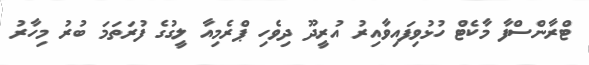
ޓްރާންސްފާ މާކެޓް ހުޅުވިފައިވާއިރު އުރީދޫ ދިވެހި ޕްރެމިއާ ލީގުގެ ފުރަތަމަ ބުރު މިހާރު